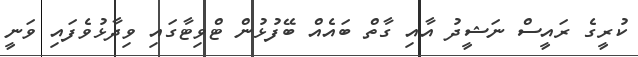
ކުރީގެ ރައީސް ނަޝީދު އާއި ގާތް ބައެއް ބޭފުޅުން ޓްވިޓާގައި ވިދާޅުވެފައި ވަނީ